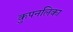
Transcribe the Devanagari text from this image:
कुपनलिका